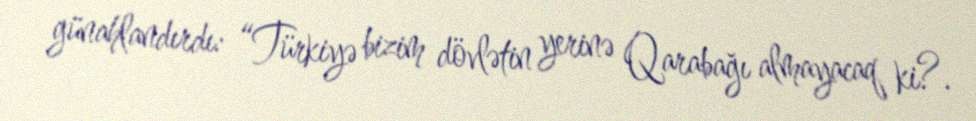
günahlandırdı: “Türkiyə bizim dövlətin yerinə Qarabağı almayacaq ki?.